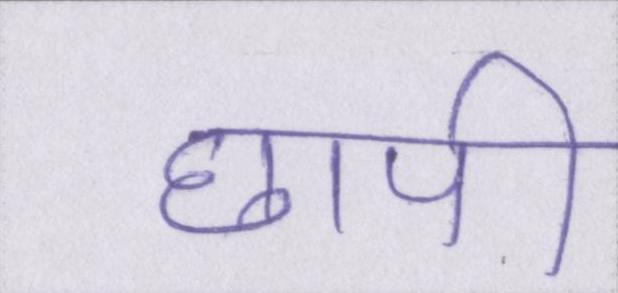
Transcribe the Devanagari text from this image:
छापी